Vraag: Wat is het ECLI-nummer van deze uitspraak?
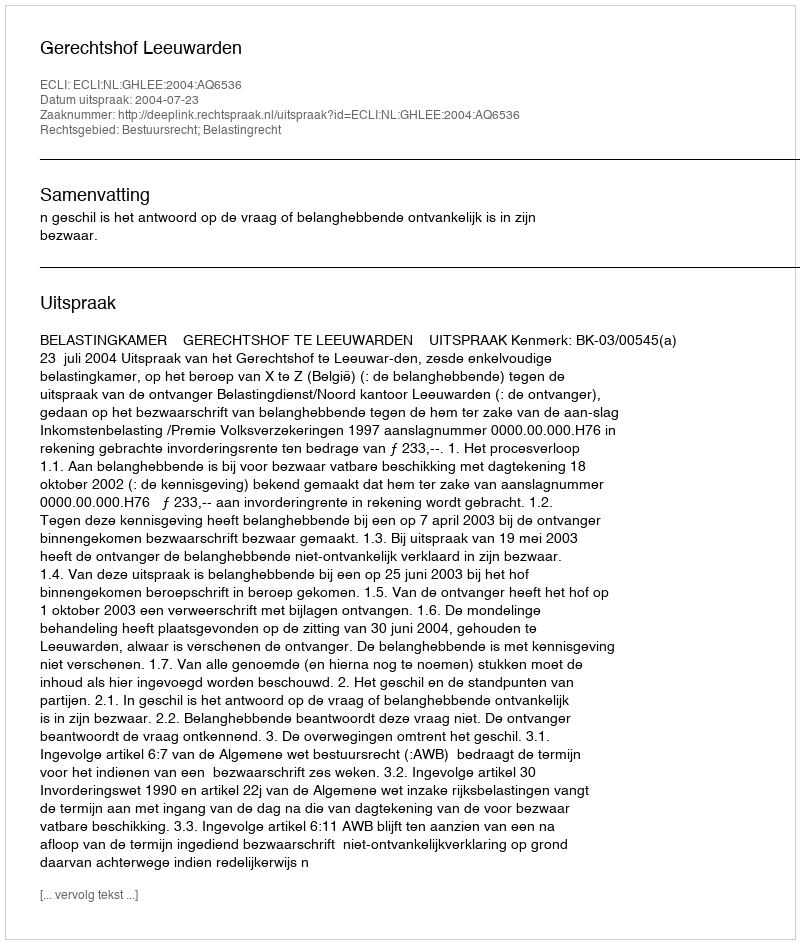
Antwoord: ECLI:NL:GHLEE:2004:AQ6536